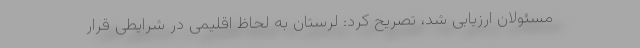
مسئولان ارزیابی شد، تصریح کرد: لرستان به لحاظ اقلیمی در شرایطی قرار